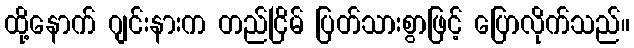
ထို့နောက် ဂျင်းနားက တည်ငြိမ် ပြတ်သားစွာဖြင့် ပြောလိုက်သည်။